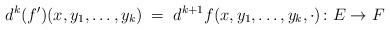
LaTeX: \begin{align*}d^k(f')(x,y_1,\ldots,y_k)\; =\; d^{k+1}f(x,y_1,\ldots, y_k,\cdot)\colon E\to F\end{align*}